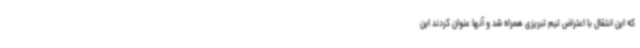
که این انتقال با اعتراض تیم تبریزی همراه شد و آنها عنوان کردند این